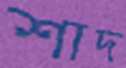
শাদ